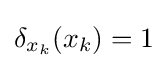
\delta _{x_{k}}(x_{k})=1